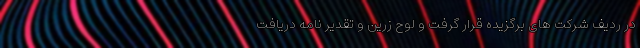
در ردیف شرکت های برگزیده قرار گرفت و لوح زرین و تقدیر نامه دریافت